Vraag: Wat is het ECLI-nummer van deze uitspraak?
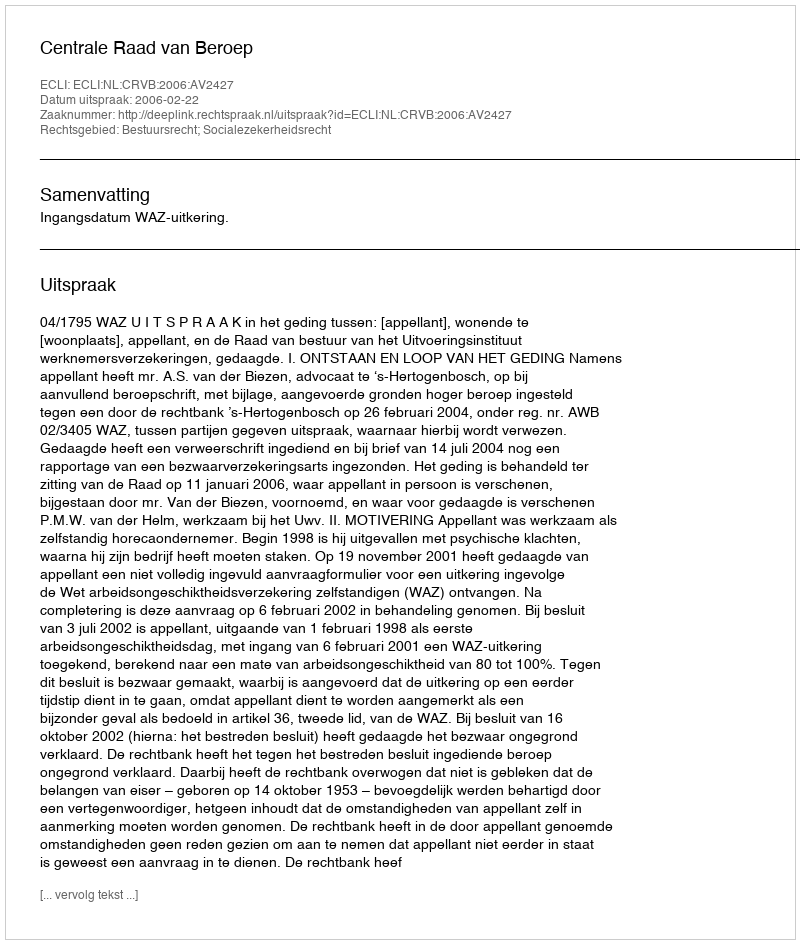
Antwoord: ECLI:NL:CRVB:2006:AV2427